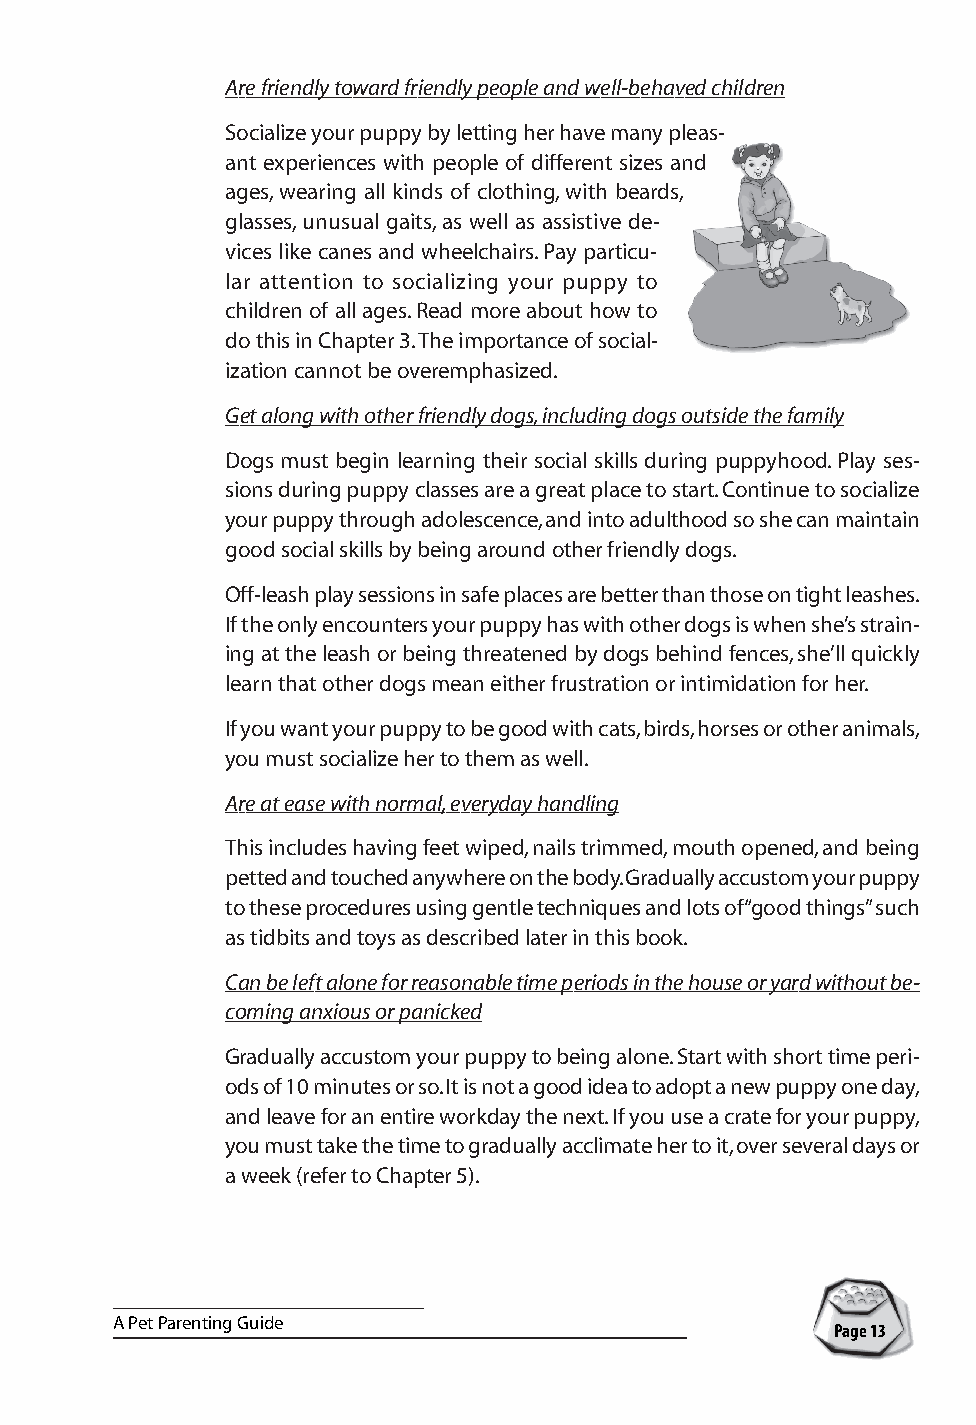
Are friendly toward friendly people and well-behaved children
 Socialize your puppy by letting her have many pleas-
 ant experiences with people of different sizes and
 ages, wearing all kinds of clothing, with beards,
 glasses, unusual gaits, as well as assistive de-
 vices like canes and wheelchairs. Pay particu-
 lar attention to socializing your puppy to
 children of all ages. Read more about how to
 do this in Chapter 3. The importance of social-
 ization cannot be overemphasized.
 Get along with other friendly dogs, including dogs outside the family
 Dogs must begin learning their social skills during puppyhood. Play ses-
 sions during puppy classes are a great place to start. Continue to socialize
 your puppy through adolescence, and into adulthood so she can maintain
 good social skills by being around other friendly dogs.
 Off-leash play sessions in safe places are better than those on tight leashes.
 If the only encounters your puppy has with other dogs is when she’s strain-
 ing at the leash or being threatened by dogs behind fences, she’ll quickly
 learn that other dogs mean either frustration or intimidation for her.
 If you want your puppy to be good with cats, birds, horses or other animals,
 you must socialize her to them as well.
 Are at ease with normal, everyday handling
 This includes having feet wiped, nails trimmed, mouth opened, and being
 petted and touched anywhere on the body. Gradually accustom your puppy
 to these procedures using gentle techniques and lots of “good things” such
 as tidbits and toys as described later in this book.
 Can be left alone for reasonable time periods in the house or yard without be-
 coming anxious or panicked
 Gradually accustom your puppy to being alone. Start with short time peri-
 ods of 10 minutes or so. It is not a good idea to adopt a new puppy one day,
 and leave for an entire workday the next. If you use a crate for your puppy,
 you must take the time to gradually acclimate her to it, over several days or
 a week (refer to Chapter 5).
 A Pet Parenting Guide
 Page 13